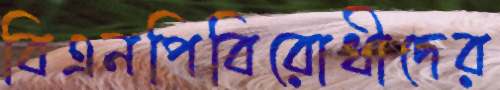
বিএনপিবিরোধীদের